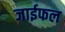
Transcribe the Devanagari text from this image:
जाईफल